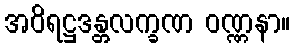
အဝိရဋ္ဌဒန္တလက္ခဏ ဝဏ္ဏနာ။